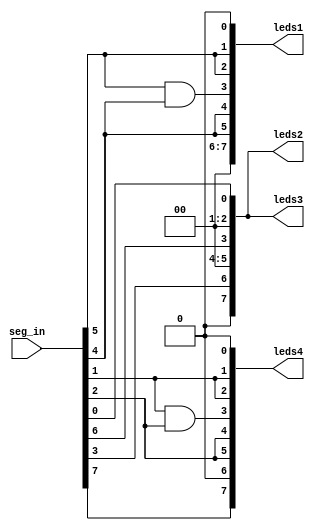
module big7_seg (
    input [7:0] seg_in,
    output [7:0] leds1,
    output [7:0] leds2,
    output [7:0] leds3,
    output [7:0] leds4
);

    assign leds1[0] = 0;
    assign leds2[0] = seg_in[0];
    assign leds3[0] = seg_in[0];
    assign leds4[0] = 0;

    assign leds1[1:2] = {(2){seg_in[5]}};
    assign leds2[1:2] = 0;
    assign leds3[1:2] = 0;
    assign leds4[1:2] = {(2){seg_in[1]}};

    assign leds1[3] = seg_in[5] && seg_in[4];
    assign leds2[3] = seg_in[6];
    assign leds3[3] = seg_in[6];
    assign leds4[3] = seg_in[1] && seg_in[2];

    assign leds1[4:5] = {(2){seg_in[4]}};
    assign leds2[4:5] = 0;
    assign leds3[4:5] = 0;
    assign leds4[4:5] = {(2){seg_in[2]}};

    assign leds1[6] = 0;
    assign leds2[6] = seg_in[3];
    assign leds3[6] = seg_in[3];
    assign leds4[6] = 0;

    assign leds1[7] = 0;
    assign leds2[7] = 0;
    assign leds3[7] = 0;
    assign leds4[7] = seg_in[7];

endmodule